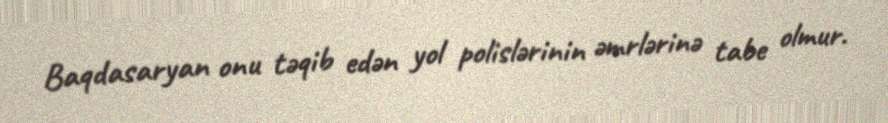
Baqdasaryan onu təqib edən yol polislərinin əmrlərinə tabe olmur.